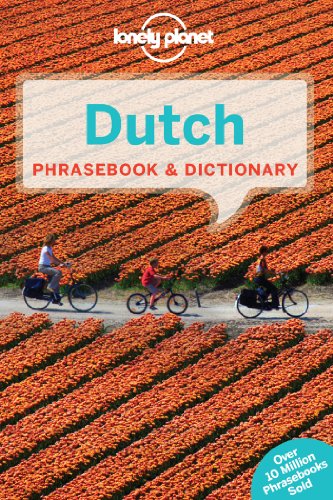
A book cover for Lonely Planet Dutch Phrasebook & Dictionary (Lonely Planet Phrasebooks); Lonely Planet; Travel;